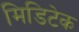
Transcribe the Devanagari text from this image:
मिडिटेक